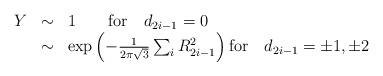
LaTeX: \begin{align*}\begin{array}{rcl} Y & \sim & 1 \qquad {\rm for } \quad d_{2i-1}=0 \\ & \sim & \exp\left( -\frac{1}{2\pi \sqrt{3}} \sum_i R^2_{2i-1} \right) {\rm for} \quad d_{2i-1}=\pm1,\pm2 \end{array}\end{align*}